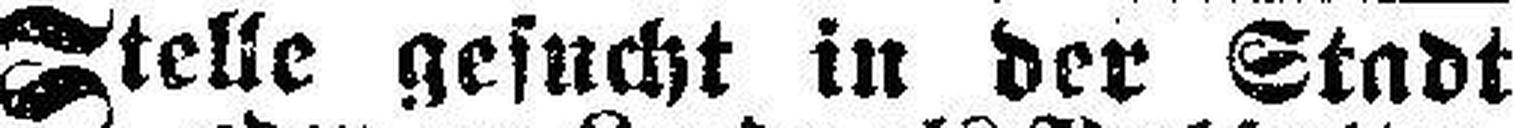
Stelle gesucht in der Stadt